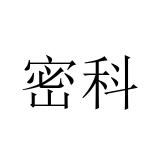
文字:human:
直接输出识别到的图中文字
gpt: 密科